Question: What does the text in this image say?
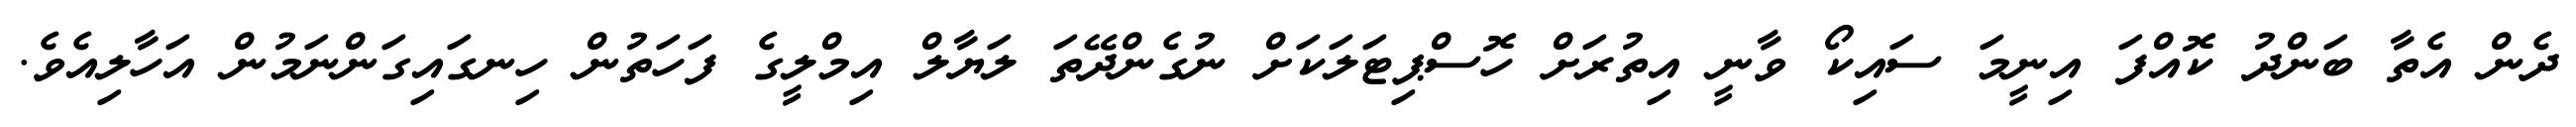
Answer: ދެން އެތާ ބަންދު ކޮއްފަ އިނީމަ ސައިކޯ ވާނީ އިތުރަށް ހޮސްޕިޓަލަކަށް ނުގެންދޭތަ ލަޔާލް އިމްލީގެ ފަހަތުން ހިނގައިގަންނަމުން އަހާލިއެވެ.